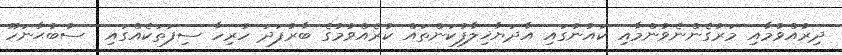
ދިރުއްވުމާއި މަރުގެންނެވުންމާއި ކައުނުގައި އާދަޔާޚިލާފުކަންތައް ކުރެއްވުމުގެ ބާރުފަދަ ހުރިހާ ސިފަތަކެއްގައި  ސުބުޙާނަހޫ